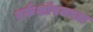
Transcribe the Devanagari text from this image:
वर्कशॉपजवळ